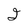
Character: J